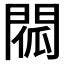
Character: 𨴧